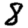
Digit: 8